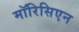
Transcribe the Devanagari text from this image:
मॉरिसिएन